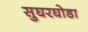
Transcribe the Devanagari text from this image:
सुघरघोडा